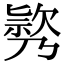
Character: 𣤃